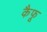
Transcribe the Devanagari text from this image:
कैफू